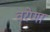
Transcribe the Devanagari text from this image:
वरेणा